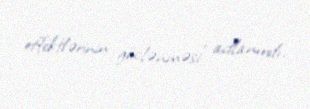
effektlərinin güclənməsi" adlanırdı.